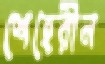
শেহেরীন